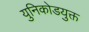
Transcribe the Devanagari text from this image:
युनिकोडयुक्त